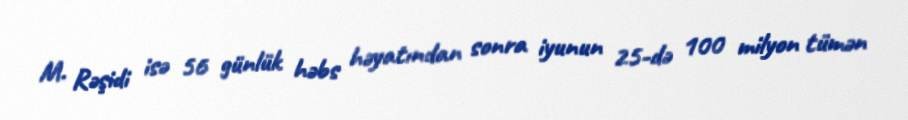
M. Rəşidi isə 56 günlük həbs həyatından sonra iyunun 25-də 100 milyon tümən